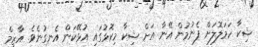
ޝިކާ ހަމަލޮލަށް ފެނުމުން އޭނާ އަށް ޝިކާ މިކޮޅުގައި އުޅޭކަން އެނގުނެވެ. އާޒިމް